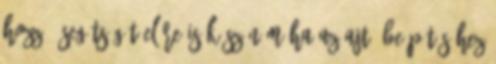
hozzá? Segítségét előre is köszönöm Ha az ajtó beépítéséhez